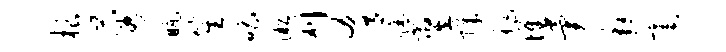
根蓉瓶笙唱淞刈肴蹄翌障祚堆异邂毫